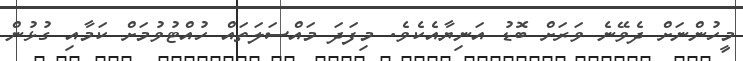
މީހުންނަށް ދެވޭނެ ވަރަށް ބޮޑު އަނިޔާއެކެވެ. މިފަދަ މައްސަލަތައް ހުއްޓުވުމަށް ކަމާއި ގުޅުން